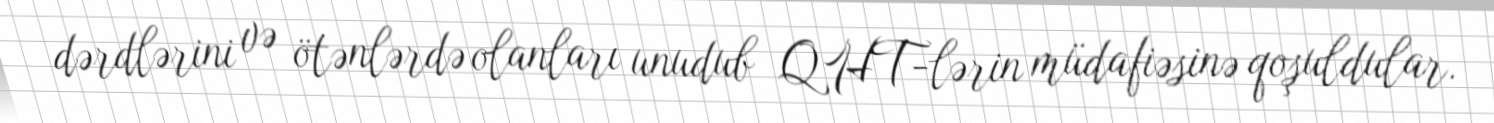
dərdlərini və ötənlərdə olanları unudub QHT-lərin müdafiəsinə qoşuldular.